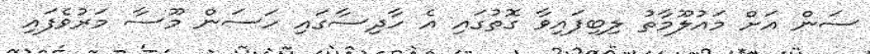
ސަން އަށް މައުލޫމާތު ލިބިފައިވާ ގޮތުގައި އެ ހާދިސާގައި ހަސަން މޫސާ މަރުވެފައި